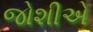
જોશીએ